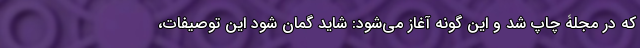
که در مجلۀ چاپ شد و این گونه آغاز می‌شود: شاید گمان شود این توصیفات،